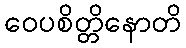
ဝေပစိတ္တိနောတိ